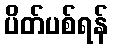
ပိတ်ပစ်ရန်